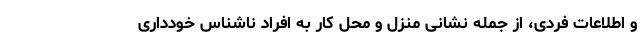
و اطلاعات فردی، از جمله نشانی منزل و محل کار به افراد ناشناس خودداری